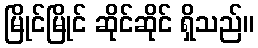
မြိုင်မြိုင် ဆိုင်ဆိုင် ရှိသည်။